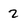
Character: 2